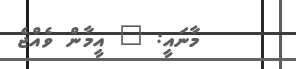
މާނައީ: " އީމާން ވެއްޖެ